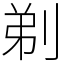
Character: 剃